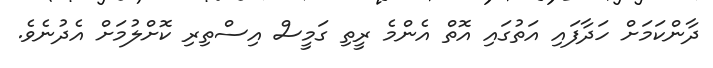
ދާންކަމަށް ހަދާފައި އަތުގައި އޮތް އެންމެ ރީތި ގަމީސް އިސްތިރި ކޮށްލުމަށް އެދުނެވެ.